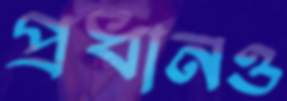
প্রধানও